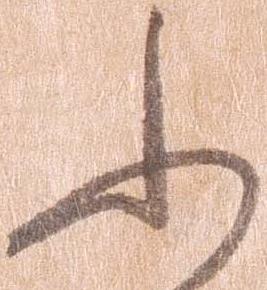
ふ